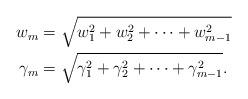
LaTeX: \begin{align*}w_m&=\sqrt{w_1^2+w_2^2+\dots+w_{m-1}^2} \\\gamma_m&=\sqrt{\gamma_1^2+\gamma_2^2+\dots+\gamma_{m-1}^2}.\end{align*}